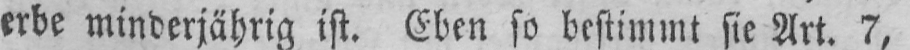
erbe minderjährig ist. Eben so bestimmt sie Art. 7,